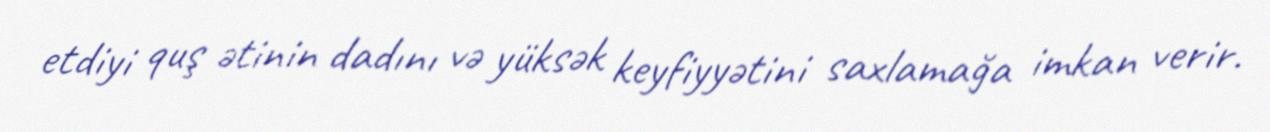
etdiyi quş ətinin dadını və yüksək keyfiyyətini saxlamağa imkan verir.